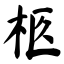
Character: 柩